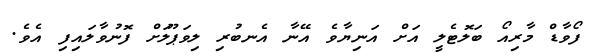
ފޯވާޑް މާރިއޯ ބަލޮޓެލީ އަށް އަނިޔާވެ އޭނާ އެނބުރި ލިވަޕޫލަށް ފޮނުވާލައިފި އެވެ.